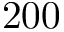
2 0 0